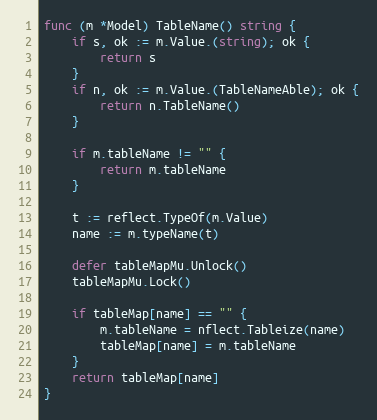
Language: Go
func (m *Model) TableName() string {
	if s, ok := m.Value.(string); ok {
		return s
	}
	if n, ok := m.Value.(TableNameAble); ok {
		return n.TableName()
	}

	if m.tableName != "" {
		return m.tableName
	}

	t := reflect.TypeOf(m.Value)
	name := m.typeName(t)

	defer tableMapMu.Unlock()
	tableMapMu.Lock()

	if tableMap[name] == "" {
		m.tableName = nflect.Tableize(name)
		tableMap[name] = m.tableName
	}
	return tableMap[name]
}